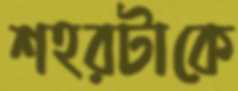
শহরটাকে